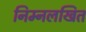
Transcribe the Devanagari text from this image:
निम्नलखित